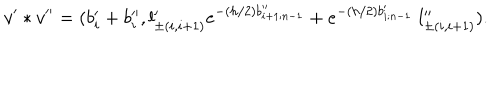
LaTeX: v ^ { \prime } * v ^ { \prime \prime } = ( b _ { i } ^ { \prime } + b _ { i } ^ { \prime \prime } , l _ { \pm ( i , i + 1 ) } ^ { \prime } e ^ { - ( h / 2 ) b _ { i + 1 ; n - 1 } ^ { \prime \prime } } + e ^ { - ( h / 2 ) b _ { i ; n - 1 } ^ { \prime } } \; l _ { \pm ( i , i + 1 ) } ^ { \prime \prime } ) .